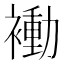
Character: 𬡬